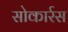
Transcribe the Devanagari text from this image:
सोकार्रस